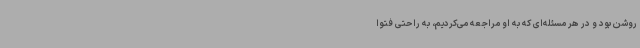
روشن بود و در هر مسئله‌ای که به او مراجعه می‌کردیم، به راحتی فتوا